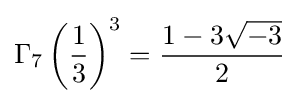
\Gamma _{7}\left({\frac {1}{3}}\right)^{3}={\frac {1-3{\sqrt {-3}}}{2}}